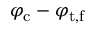
\varphi _ { \mathrm { c } } - \varphi _ { \mathrm { t , f } }